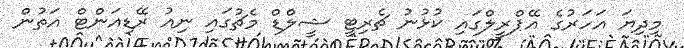
މިދިޔަ އަހަރުގެ އޭޕްރީލްގައި ކުޅުނު ޗެރިޓީ ޝީލްޑް މެޗުގައި ނިއު ރޭޑިއަންޓް އަތުން